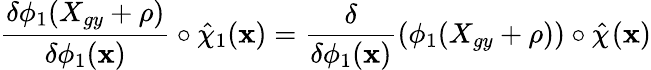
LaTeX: \frac{\delta\phi_{1}(X_{gy}+\rho)}{\delta\phi_{1}(\textbf{x})}\circ\hat{\chi}_{1}(\textbf{x})=\frac{\delta}{\delta\phi_{1}(\textbf{x})}\left(\phi_{1}(X_{gy}+\rho)\right)\circ\hat{\chi}_{}(\textbf{x})